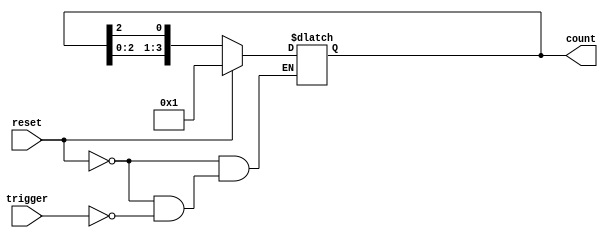
module async_ring_counter (
    input wire reset,        // Asynchronous reset signal
    input wire trigger,      // Trigger signal to advance the counter
    output reg [N-1:0] count // Output for the counter (N-bit)
);
    parameter N = 4;         // Number of bits in the counter (Adjust as needed)

    // Initial state
    initial begin
        count = 1'b1;        // Initialize to 0001
    end

    // Asynchronous reset and state transition
    always @(*) begin
        if (reset) begin
            count = 1'b1;     // Reset to initial state (0001)
        end else if (trigger) begin
            count = {count[N-2:0], count[N-1]}; // Shift left and wrap around
            count[0] = count[N-1]; // Feedback to the first flip-flop
        end
    end
endmodule